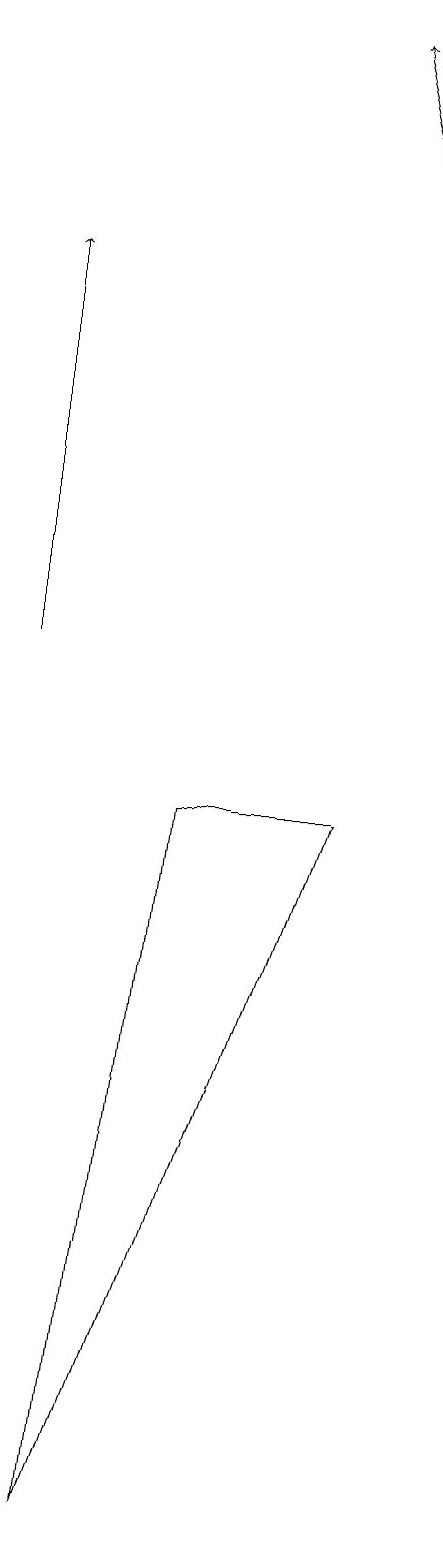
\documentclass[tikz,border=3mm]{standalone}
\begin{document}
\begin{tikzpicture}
\draw[->] (2,11) -- (2,16);
\draw (4,9) -- (3,0) -- (6,9) -- cycle;
\draw[->] (7,15) -- (6,19);
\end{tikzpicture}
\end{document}